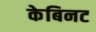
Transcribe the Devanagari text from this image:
केबिनट